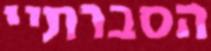
הסברתיי